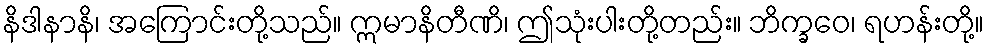
နိဒါနာနိ၊ အကြောင်းတို့သည်။ ဣမာနိတီဏိ၊ ဤသုံးပါးတို့တည်း။ ဘိက္ခဝေ၊ ရဟန်းတို့။